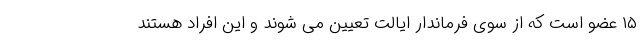
۱۵ عضو است که از سوی فرماندار ایالت تعیین می شوند و این افراد هستند